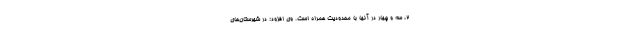
۲، سه و چهار در آنها با محدودیت همراه است. وی افزود: در شهرستان‌های